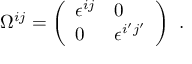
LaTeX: \Omega ^ { i j } = \left( \begin{array} { l l } { { \epsilon ^ { i j } } } & { { 0 } } \\ { { 0 } } & { { \epsilon ^ { i ^ { \prime } j ^ { \prime } } } } \end{array} \right) \ .